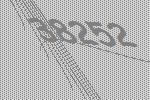
38252